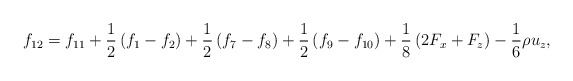
\begin{align*}{f_{12}} = {f_{11}} + \frac{1}{2}\left( {{f_1} - {f_2}} \right) + \frac{1}{2}\left( {{f_7} - {f_8}} \right) + \frac{1}{2}\left( {{f_9} - {f_{10}}} \right) + \frac{1}{8}\left( {2{F_x} + {F_z}} \right) - \frac{1}{6}\rho {u_z},\end{align*}